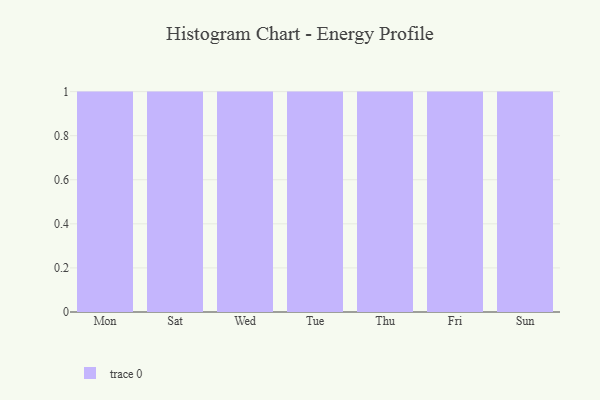
{"axis": {"x": "Day", "y": "Revenue (USD Million)"}, "legend": [""], "data": [{"x": "Mon", "y": 16, "type": ""}, {"x": "Sat", "y": 75, "type": ""}, {"x": "Wed", "y": 26, "type": ""}, {"x": "Tue", "y": 90, "type": ""}, {"x": "Thu", "y": 16, "type": ""}, {"x": "Fri", "y": 85, "type": ""}, {"x": "Sun", "y": 28, "type": ""}]}